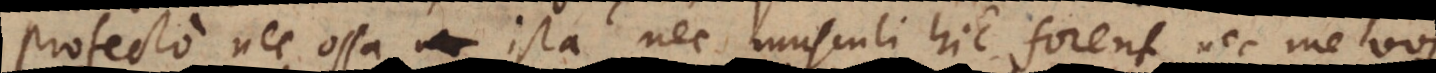
Profecto nec ossa ista nec musculi hic forent, nec me vos